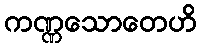
ကဏ္ဏသောတေဟိ